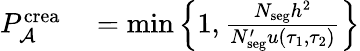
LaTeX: \begin{array}{rl}{P_{\mathcal{A}}^{\mathrm{crea}}}&{{}=\operatorname*{min}\left\{ 1,\frac{N_{\mathrm{seg}}h^{2}}{N_{\mathrm{seg}}^{\prime}u(\tau_{1},\tau_{2})}\right\} }\end{array}